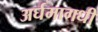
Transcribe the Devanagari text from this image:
अर्घमागधी